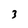
Character: 3